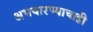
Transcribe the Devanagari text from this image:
अभयारण्याचाही